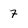
Character: 7